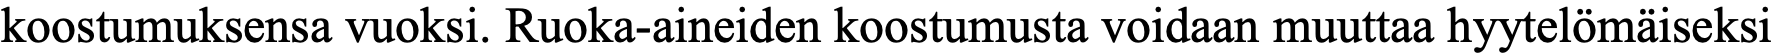
koostumuksensa vuoksi. Ruoka-aineiden koostumusta voidaan muuttaa hyytelömäiseksi